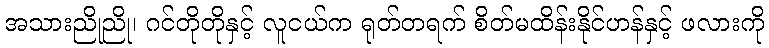
အသားညိုညို၊ ဂင်တိုတိုနှင့် လူငယ်က ရုတ်တရက် စိတ်မထိန်းနိုင်ဟန်နှင့် ဖလားကို